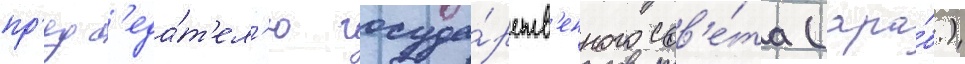
пр'едс'еда́т'ел'ю госуда́рств'енного сов'е́та (ара́б.)